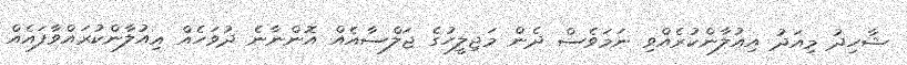
ޝާހިދު މިއަދު އިއުލާންކުރެއްވި ނަމަވެސް ދެން މަޖިލީހުގެ ޖަލްސާއެއް އޮންނާނެ ދުވަހެއް އިއުލާންކުރައްވާފައެއް